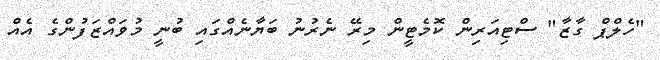
"ހެލްޕް ގާޒާ" ސްޓިއަރިން ކޮމެޓީން މިރޭ ނެރުނު ބަޔާނެއްގައި ބުނީ މުވައްޒަފުންގެ އެއް